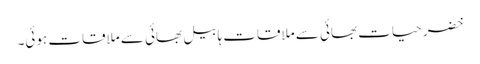
خضر حیات بھائی سے ملاقات ہابیل بھائی سے ملاقات ہوئی۔